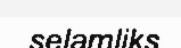
selamliks